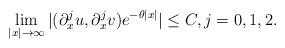
LaTeX: \begin{align*}\lim_{|x|\rightarrow \infty}|(\partial_x^ju,\partial_x^jv)e^{-\theta|x|}|\leq C,j=0,1,2.\end{align*}